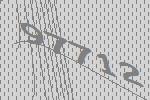
97712